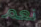
نعم